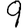
Digit: 9